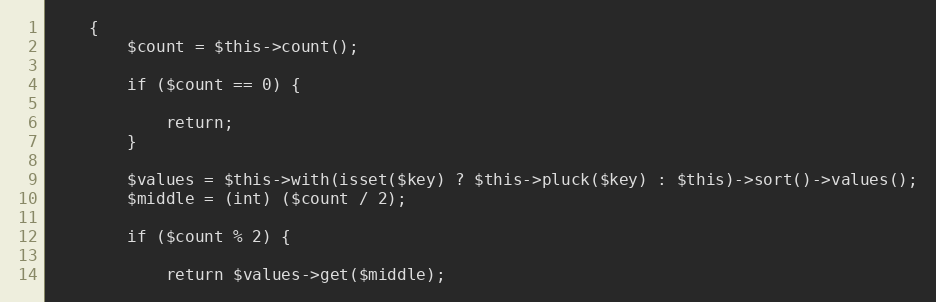
Language: PHP
    {
        $count = $this->count();

        if ($count == 0) {

            return;
        }

        $values = $this->with(isset($key) ? $this->pluck($key) : $this)->sort()->values();
        $middle = (int) ($count / 2);

        if ($count % 2) {

            return $values->get($middle);